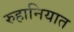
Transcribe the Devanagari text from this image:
रुहानियात